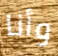
وأنا